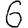
Digit: 6